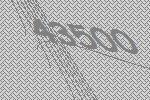
43500